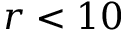
r < 1 0